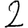
Digit: 2